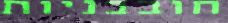
חובבניות